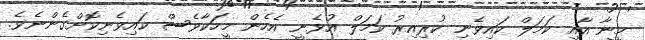
މީނާ އާއި ކަމަލް ކައިވެނި ކުރިއިރު ކަމަލް އުޅެނީ އެހެން މީހަކާވެސް ކައިވެނިކޮށްގެންނެވެ.